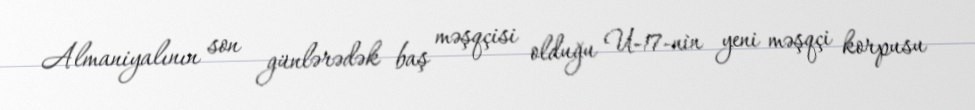
Almaniyalının son günlərədək baş məşqçisi olduğu U-17-nin yeni məşqçi korpusu